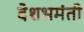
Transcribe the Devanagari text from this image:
देशभ्रमंती